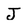
Character: J